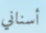
أسناني